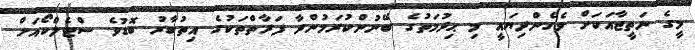
މީގެ ނަތީޖާއަކަށް ވެގެންދިޔައީ މި ޙިދުމަތުގެ ބޭނުންކުރަމުންދާ ފަރާތްތަކުގެ އިތުބާރު ބޮޑުވެ ސްޓެލްކޯއަށް